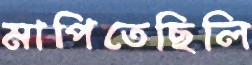
মাপিতেছিলি